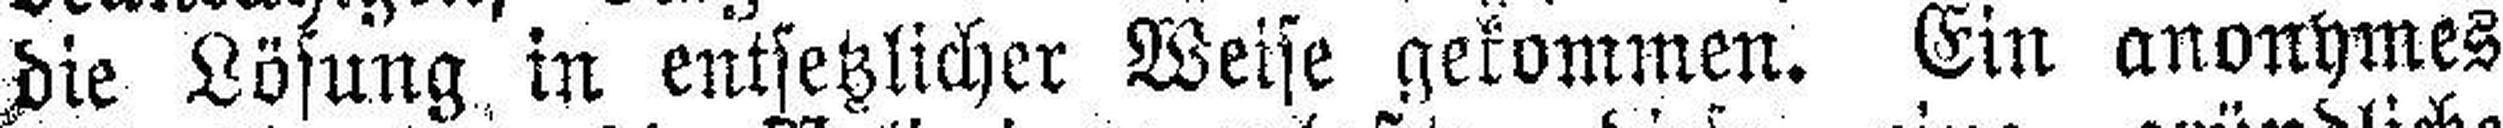
die Lösung in entsetzlicher Weise gekommen. Ein anonymes